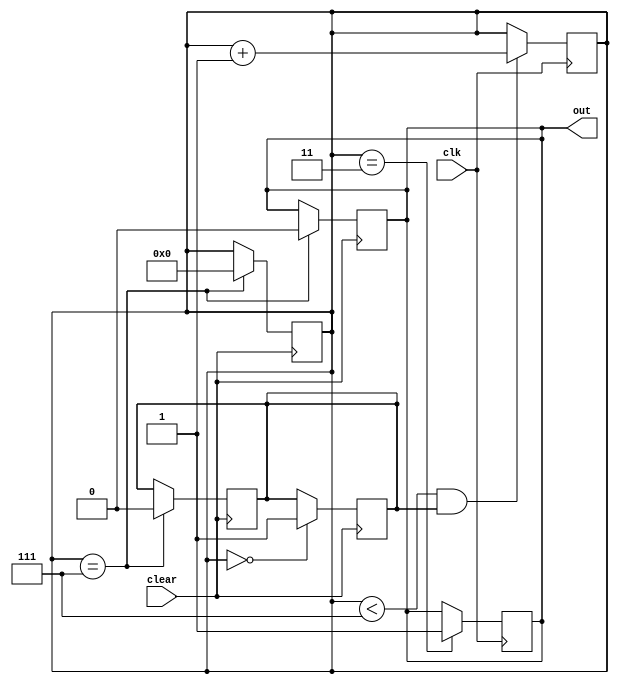
module debounce(
    input wire clear,
    input wire clk,
    output reg out=0
);

reg [3:0] cnt = 3'd0;
reg count = 0;

//Caso o clear seja ativado, ele ir zerar as variveis
always @(posedge clear)
begin
    if (cnt == 3'd7)
        begin
            count = 0;
            cnt = 3'd0;
            out = 0;
        end
end

//Ao desativar o clear, ele habilita a contagem no bloco seguinte
always @(negedge clear)
begin
    if (cnt == 3'd0)
        begin
            count = 1;
        end
end

//Faz a contagem para estabilizar o sinal
always @(posedge clk)
begin
    if (cnt < 3'd7 && count == 1)
        begin
            cnt <= cnt + 1;
        end
    
    if (cnt == 3'd3)
        begin
            out <= 1;
        end
end
endmodule